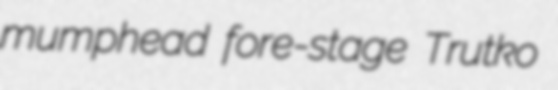
mumphead fore-stage Trutko